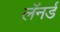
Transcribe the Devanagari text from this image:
लॅनर्ड